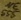
Text: NE555